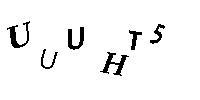
UUUHT5